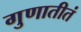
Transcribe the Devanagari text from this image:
गुणातीतं